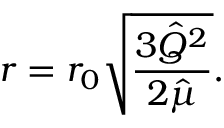
r = r _ { 0 } \sqrt { \frac { 3 { \hat { Q } } ^ { 2 } } { 2 { \hat { \mu } } } } .